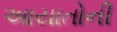
આયાતોની